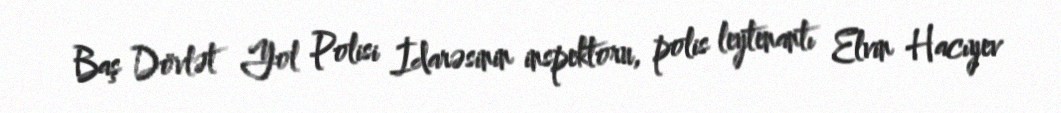
Baş Dövlət Yol Polisi İdarəsinin inspektoru, polis leytenantı Elvin Hacıyev